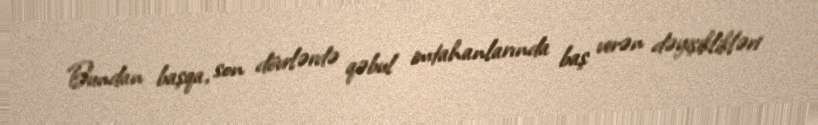
Bundan başqa, son dövrlərdə qəbul imtahanlarında baş verən dəyişiklikləri